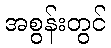
အစွန်းတွင်